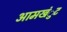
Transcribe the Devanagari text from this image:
आमखंुट